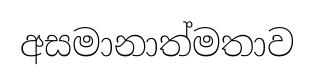
අසමානාත්මතාව